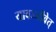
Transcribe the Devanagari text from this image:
यावज्जीवेत्‌